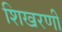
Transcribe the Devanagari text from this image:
शिखरणी